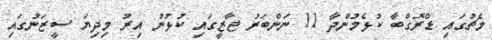
މެޗުގައި ޑްރޮގްބާ ކުޅެމުންދާ 11 ނަންބަރު ޖާޒީގައި ކުޅުނު އިރު މިދިޔަ ސީޒަނުގައި